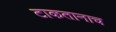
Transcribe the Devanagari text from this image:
टाकतानाच